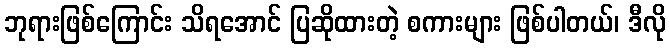
ဘုရားဖြစ်ကြောင်း သိရအောင် ပြဆိုထားတဲ့ စကားများ ဖြစ်ပါတယ်၊ ဒီလို